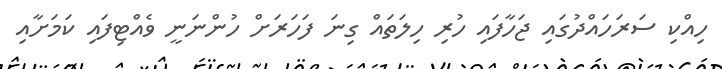
ހިއްކި ސަރަހައްދުގައި ޖަހާފައި ހުރި ހިލަތައް ގިނަ ފަހަރަށް ހުންނަނީ ވެއްޓިފައި ކަމަށާއި